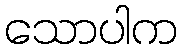
သောပါက